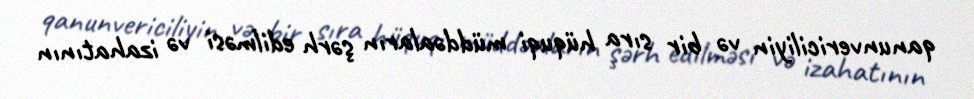
qanunvericiliyin və bir sıra hüquqi müddəaların şərh edilməsi və izahatının